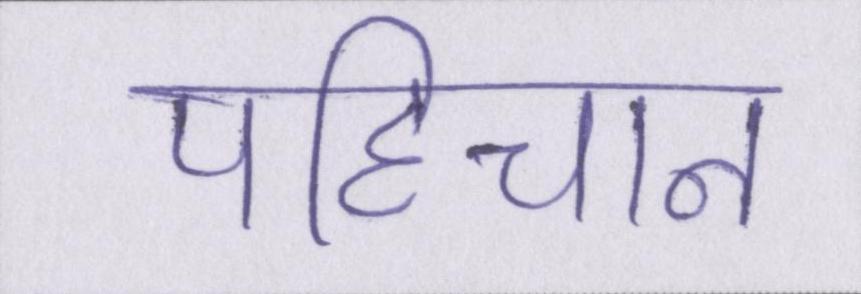
पहिचान